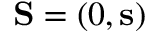
\mathbf { S } = ( 0 , \mathbf { s } )